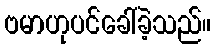
ဗမာဟုပင်ခေါ်ခဲ့သည်။